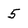
Character: 5